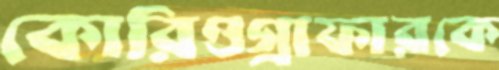
কোরিওগ্রাফারকে